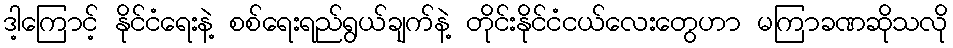
ဒါ့ကြောင့် နိုင်ငံရေးနဲ့ စစ်ရေးရည်ရွယ်ချက်နဲ့ တိုင်းနိုင်ငံငယ်လေးတွေဟာ မကြာခဏဆိုသလို